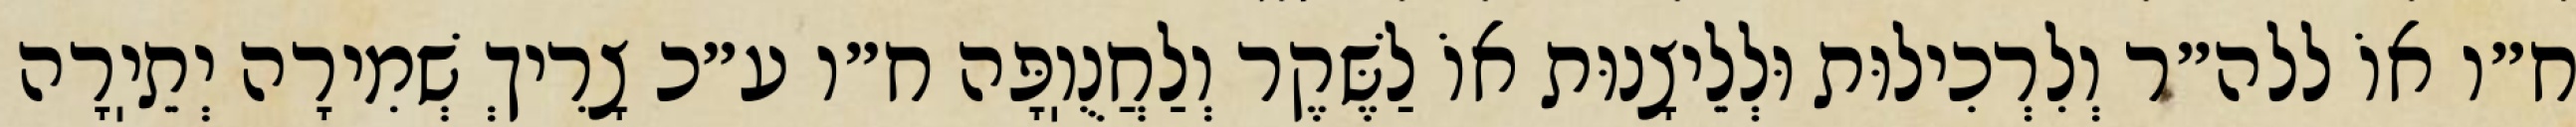
ח״ו אוֹ ללה״ר וְלִרְכִילוּת וּלְלֵיצָנוּת אוֹ לַשֶּׁקֶר וְלַחֲנֻוֽפָּה ח״ו ע״כ צָרִיךְ שְׁמִירָה יְתֵיֽרָה